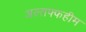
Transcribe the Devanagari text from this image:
अल्तफ्फहीम